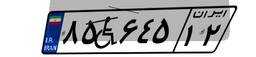
۸۵W۶۴۵۱۲